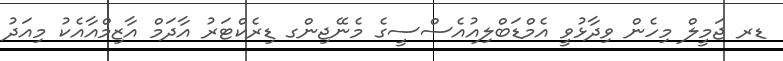
ޑރ ޖަމީލް މިހެން ވިދާޅުވީ އެމްޑަބްލިއުއެސްސީގެ މެނޭޖިންގ ޑިރެކްޓަރު އާދަމް އާޒިމްއާއެކު މިއަދު